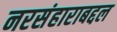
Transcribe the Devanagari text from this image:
नरसंहाराबद्दल